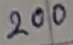
Text: 200